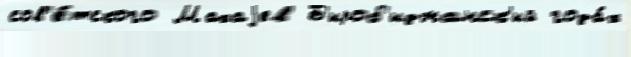
сов'е́тского Махаjев Б'ироб'иджанск'ий года́х